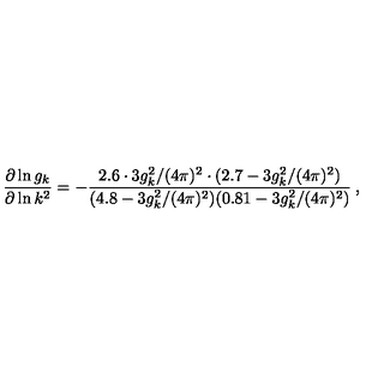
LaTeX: \frac { \partial \ln g _ { k } } { \partial \ln k ^ { 2 } } = - \frac { 2 . 6 \cdot 3 g _ { k } ^ { 2 } / ( 4 \pi ) ^ { 2 } \cdot ( 2 . 7 - 3 g _ { k } ^ { 2 } / ( 4 \pi ) ^ { 2 } ) } { ( 4 . 8 - 3 g _ { k } ^ { 2 } / ( 4 \pi ) ^ { 2 } ) ( 0 . 8 1 - 3 g _ { k } ^ { 2 } / ( 4 \pi ) ^ { 2 } ) } \: ,